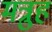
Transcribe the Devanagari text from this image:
मत्रुह